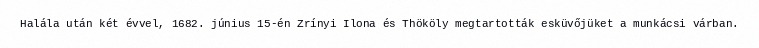
Halála után két évvel, 1682. június 15-én Zrínyi Ilona és Thököly megtartották esküvőjüket a munkácsi várban.